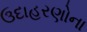
ઉદાહરણોના